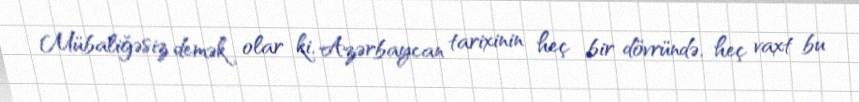
Mübaliğəsiz demək olar ki, Azərbaycan tarixinin heç bir dövründə, heç vaxt bu